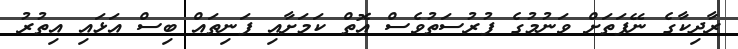
ރާދިކާގެ ނޭފަތަށް ވަނުމުގެ ފުރުސަތުވެސް އޮތް ކަމަށާއި ފަނިތައް ބިސް އަޅައި އިތުރު